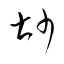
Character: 尠